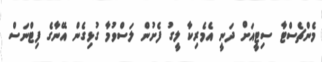
މެންޗެސްޓާ ސިޓީއަށް ދަނީ އެމެރިކާ ލީގު ފެށުން ލަސްވުމާ ގުޅިގެން އޭނާގެ ފިޓްނަސް